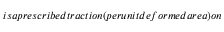
i s a p r e s c r i b e d t r a c t i o n ( p e r u n i t d e f o r m e d a r e a ) o n